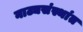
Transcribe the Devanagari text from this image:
नाट्यसंस्थांत